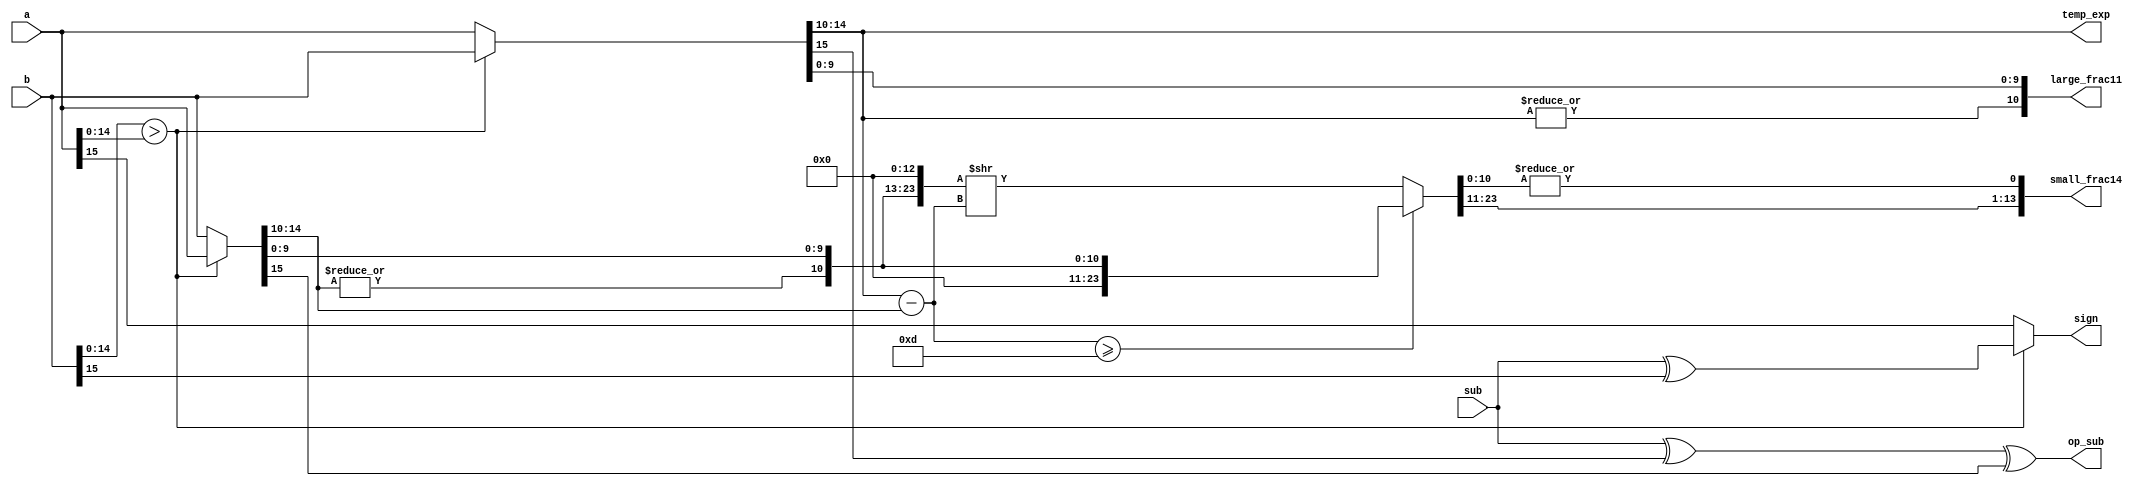
`timescale 1ns / 1ps

/* Alignment */
module fadd_align (a,b,sub,sign,temp_exp,op_sub,large_frac11,small_frac14);	
	input[15:0] a, b;	// fp a and b
	input sub;			// add or sub
	output sign;			// result sign
	output[4:0] temp_exp;	// result exponent
	output op_sub;			// fraction operation
	output[10:0] large_frac11;		// fraction of large one
	output[13:0] small_frac14;	// fraction of small one

    // sign bit,a or b
	wire exchange = (b[14:0] > a[14:0]);
	wire [15:0] fp_large = exchange? b : a;
	wire [15:0] fp_small = exchange? a : b;

    // 1.f
	wire fp_large_hidden_bit = |fp_large[14:10];
	wire fp_small_hidden_bit = |fp_small[14:10];
	wire [10:0] large_frac11 = {fp_large_hidden_bit, fp_large[9:0]};
	wire [10:0] small_frac11 = {fp_small_hidden_bit, fp_small[9:0]};

    // exponent
	assign temp_exp = fp_large[14:10];

    // 
	assign sign = exchange ? sub^b[15] : a[15];

    // fraction
	assign op_sub = sub ^ fp_large[15] ^ fp_small[15];

    // ea-eb
	wire[4:0] exp_diff = fp_large[14:10] - fp_small[14:10];

    // , 
	wire[23:0] small_frac25 = (exp_diff >= 13) ? 
								{13'h0, small_frac11} : 
								{small_frac11, 13'h0} >> exp_diff;

    // 11bit., , reduction OR1bit
	assign small_frac14 = {small_frac25[23:11], |small_frac25[10:0]};
endmodule